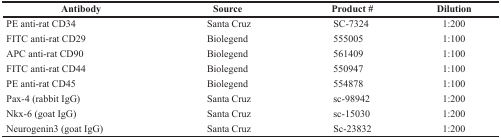
| Antibody | Source | Product # | Dilution |
 | --- | --- | --- | --- |
 | PE anti-rat CD34 | Santa Cruz | SC-7324 | 1:200 |
 | FITC anti-rat CD29 | Biolegend | 555005 | 1:100 |
 | APC anti-rat CD90 | Biolegend | 561409 | 1:100 |
 | FITC anti-rat CD44 | Biolegend | 550947 | 1:100 |
 | PE anti-rat CD45 | Biolegend | 554878 | 1:100 |
 | Pax-4 (rabbit IgG) | Santa Cruz | sc-98942 | 1:200 |
 | Nkx-6 (goat IgG) | Santa Cruz | sc-15030 | 1:200 |
 | Neurogenin3 (goat IgG) | Santa Cruz | Sc-23832 | 1:200 |